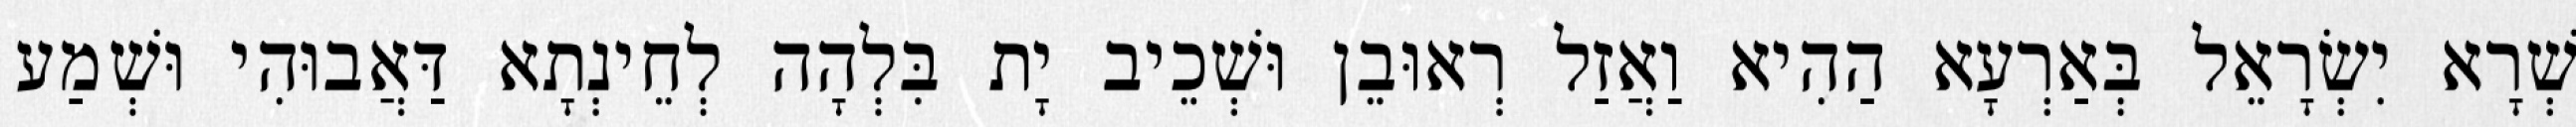
שְׁרָא יִשְׂרָאֵל בְּאַרְעָא הַהִיא וַאֲזַל רְאוּבֵן וּשְׁכֵיב יָת בִּלְהָה לְחֵינְתָא דַּאֲבוּהִי וּשְׁמַע